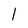
Character: 1